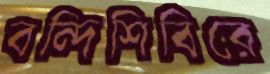
বন্দিশিবিরে